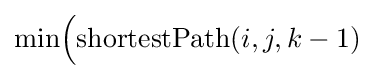
\mathrm {min} {\Big (}\mathrm {shortestPath} (i,j,k-1)